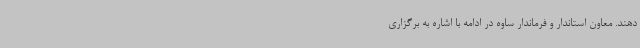
دهند. معاون استاندار و فرماندار ساوه در ادامه با اشاره به برگزاری